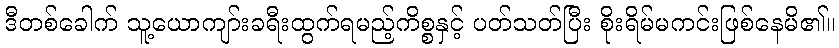
ဒီတစ်ခေါက် သူ့ယောကျာ်းခရီးထွက်ရမည့်ကိစ္စနှင့် ပတ်သတ်ပြီး စိုးရိမ်မကင်းဖြစ်နေမိ၏။